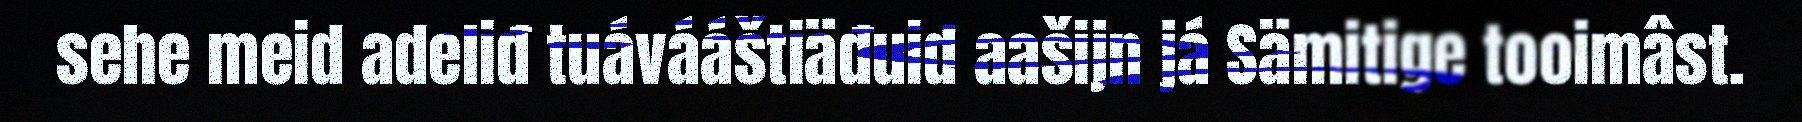
sehe meid adeliđ tuávááštiäđuid aašijn já Sämitige tooimâst.